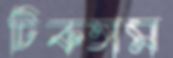
টিকতাম